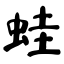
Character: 蛙